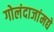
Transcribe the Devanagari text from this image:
गोलंदाजांमद्ये